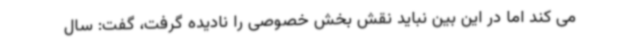
می کند اما در این بین نباید نقش بخش خصوصی را نادیده گرفت، گفت: سال